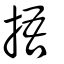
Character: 捂